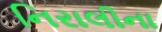
નિરાલીના